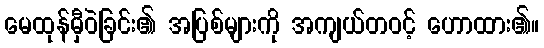
မေထုန်မှီဝဲခြင်း၏ အပြစ်များကို အကျယ်တဝင့် ဟောထား၏။